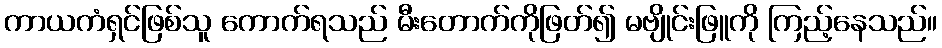
ကာယကံရှင်ဖြစ်သူ ကောက်ရသည် မီးတောက်ကိုဖြတ်၍ မဗျိုင်းဖြူကို ကြည့်နေသည်။